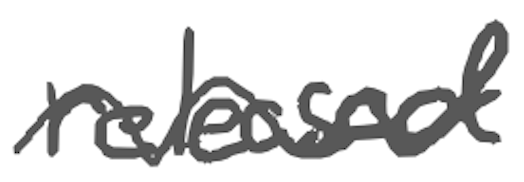
Text: released
Cross-out: wave
Writing tool: digital_gray